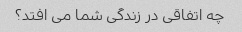
چه اتفاقی در زندگی شما می افتد؟